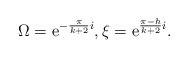
LaTeX: \begin{align*}\Omega={\rm e}^{-\frac{\pi}{k+2}i}, \xi={\rm e}^{\frac{\pi-h}{k+2} i}.\end{align*}